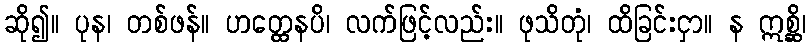
ဆို၍။ ပုန၊ တစ်ဖန်။ ဟတ္ထေနပိ၊ လက်ဖြင့်လည်း။ ဖုသိတုံ၊ ထိခြင်းငှာ။ န ဣစ္ဆိ၊